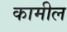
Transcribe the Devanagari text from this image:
कामील